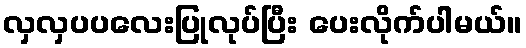
လှလှပပလေးပြုလုပ်ပြီး ပေးလိုက်ပါမယ်။